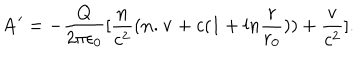
LaTeX: { \bf A } ^ { \prime } = - { \frac { Q } { 2 \pi \epsilon _ { 0 } } } [ { \frac { \bf n } { c ^ { 2 } } } ( { \bf n . v } + c ( 1 + l n { \frac { r } { r _ { 0 } } } ) ) + { \frac { \bf v } { c ^ { 2 } } } ] .